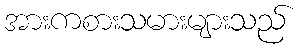
အားကစားသမားများသည်